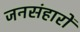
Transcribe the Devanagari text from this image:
जनसंहारों